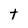
Character: t